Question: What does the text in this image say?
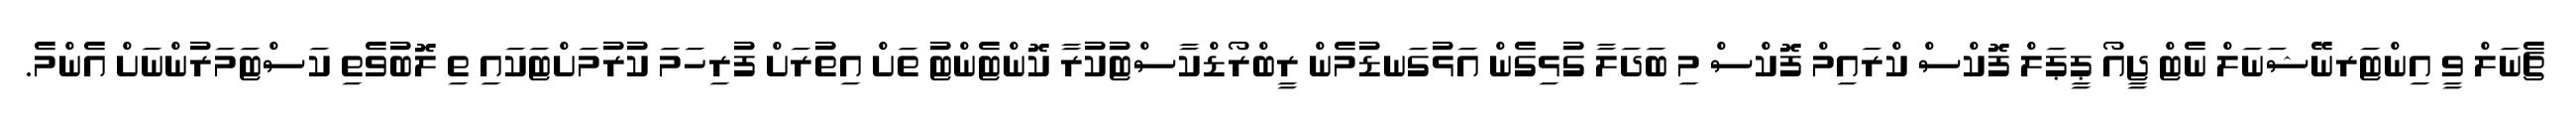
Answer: ޗެނަލް ވީ އިންޓަރނޭޝަނަލް ނެޓް ޖީއޯ ޕީޕަލް ފޮކްސް ކްރައިމް ފޮކްސް މި ބަދަލާ ގުޅިގެން އަޅުގަނޑުމެން ރީބްރޯޑްކާސްޓުކުރާ ކޮންޓެންޓު ތަށް އިތުރަށް ފުރިހަމަ ކުރުމަށްޓަކައި ތި ލޮބުވެތި ކަސްޓަމަރުންނަށް އެންމެ.